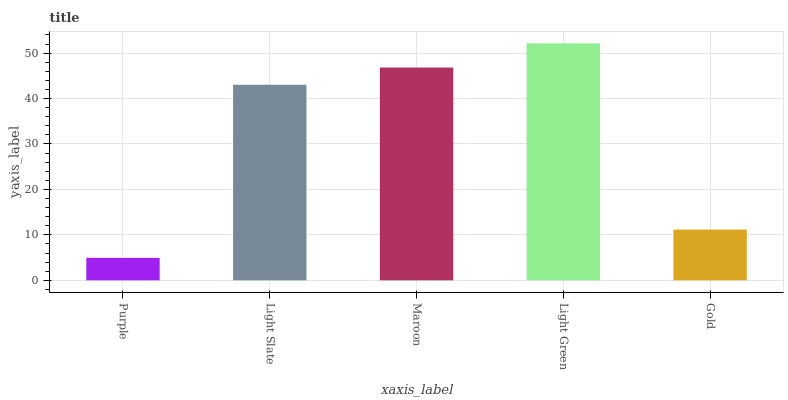
| xaxis_label | bars |
 | --- | --- |
 | Purple | 4.95 |
 | Light Slate | 43 |
 | Maroon | 46.8 |
 | Light Green | 52.1 |
 | Gold | 11.2 |